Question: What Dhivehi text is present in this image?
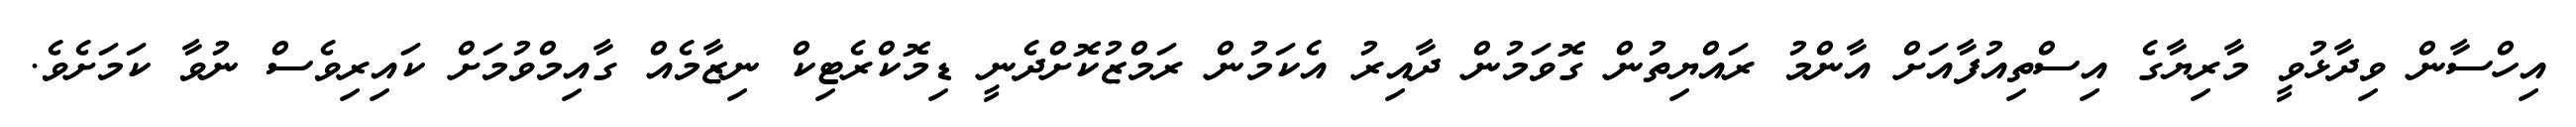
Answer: އިހްސާން ވިދާޅުވީ މާރިޔާގެ އިސްތިއުފާއަށް އާންމު ރައްޔިތުން ގޮވަމުން ދާއިރު އެކަމުން ރަމްޒުކޮށްދެނީ ޑިމޮކްރެޓިކް ނިޒާމެއް ގާއިމްވުމަށް ކައިރިވެސް ނުވާ ކަމަށެވެ.